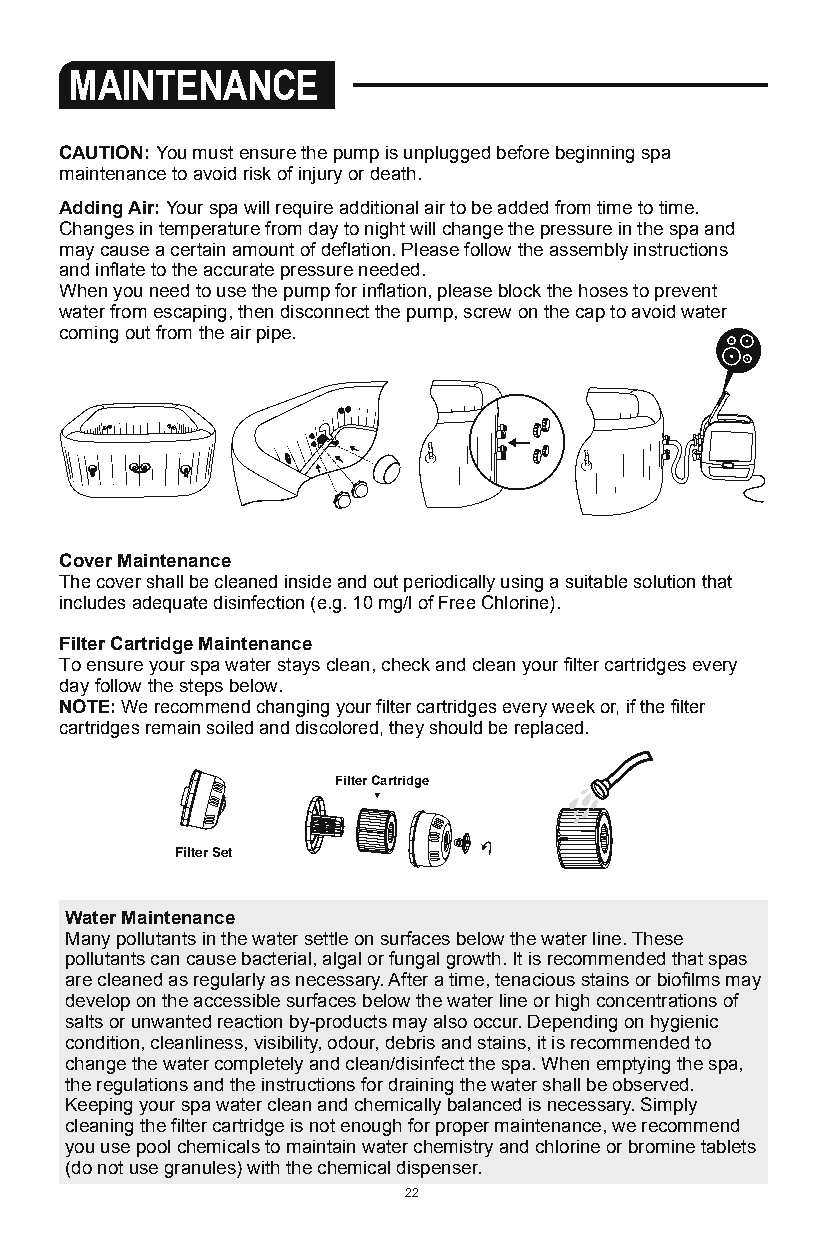
MAINTENANCE                                                      Water quality will be directly related to frequency of use, number of users and
 overall maintenance of the spa. The water should be changed every
 3 days if there is no chemical treatment being performed with the water.
 It is highly recommended to use tap water for spa filling to minimize the influence of
 CAUTION: You must ensure the pump is unplugged before beginning spa
 unwanted content, such as minerals. Barefoot areas and relaxing areas shall be
 maintenance to avoid risk of injury or death.
 cleaned as well. No cleaning water may flow into the spa or spa water cycle. The
 Adding Air: Your spa will require additional air to be added from time to time. dirt and cleaning agents shall be rinsed carefully to drain in the spa surround.
 Changes in temperature from day to night will change the pressure in the spa and Note: We recommend you take a shower before using your Lay-Z-Spa, as cosmetic
 may cause a certain amount of deflation. Please follow the assembly instructions products, lotions, and other residues on the skin can quickly degrade water
 and inflate to the accurate pressure needed.                      quality.To use the chemical dispenser, please follow the below instruction.
 When you need to use the pump for inflation, please block the hoses to prevent
 water from escaping, then disconnect the pump, screw on the cap to avoid water
 coming out from the air pipe.
 Cover Maintenance
 The cover shall be cleaned inside and out periodically using a suitable solution that
 includes adequate disinfection (e.g. 10 mg/l of Free Chlorine).
 Filter Cartridge Maintenance
 To ensure your spa water stays clean, check and clean your filter cartridges every
 day follow the steps below.
 NOTE: We recommend changing your filter cartridges every week or, if the filter
 cartridges remain soiled and discolored, they should be replaced.
 Filter Cartridge
 Filter Set
 Water Maintenance
 Many pollutants in the water settle on surfaces below the water line. These
 pollutants can cause bacterial, algal or fungal growth. It is recommended that spas
 are cleaned as regularly as necessary. After a time, tenacious stains or biofilms may
 develop on the accessible surfaces below the water line or high concentrations of
 salts or unwanted reaction by-products may also occur. Depending on hygienic
 condition, cleanliness, visibility, odour, debris and stains, it is recommended to
 change the water completely and clean/disinfect the spa. When emptying the spa,
 the regulations and the instructions for draining the water shall be observed.
 Keeping your spa water clean and chemically balanced is necessary. Simply
 cleaning the filter cartridge is not enough for proper maintenance, we recommend
 you use pool chemicals to maintain water chemistry and chlorine or bromine tablets
 (do not use granules) with the chemical dispenser.
 22